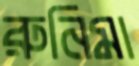
রুনিমা